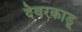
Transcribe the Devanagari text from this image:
देवरकाडू